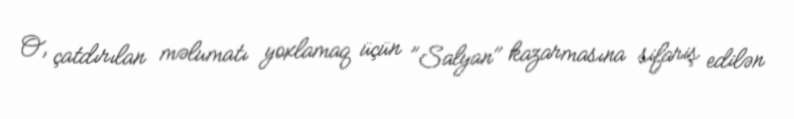
O, çatdırılan məlumatı yoxlamaq üçün "Salyan" kazarmasına sifariş edilən